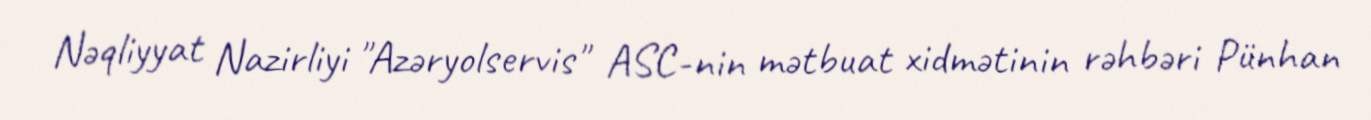
Nəqliyyat Nazirliyi "Azəryolservis" ASC-nin mətbuat xidmətinin rəhbəri Pünhan